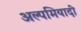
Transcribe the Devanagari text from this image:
अल्पमियादी